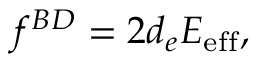
f ^ { { \cal B } { \cal D } } = 2 d _ { e } E _ { \mathrm { e f f } } ,